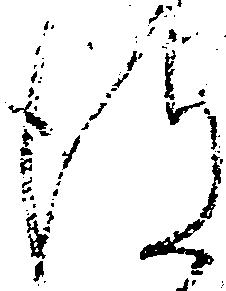
得